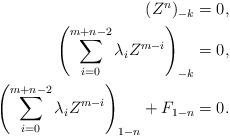
LaTeX: \begin{align*}\begin{aligned}(Z^n)_{-k} & = 0, && \\\left(\sum_{i=0}^{m+n-2}\lambda_i Z^{m-i}\right)_{-k} & = 0, &&\\\left(\sum_{i=0}^{m+n-2}\lambda_i Z^{m-i}\right)_{1-n} + F_{1-n} & = 0.\end{aligned}\end{align*}